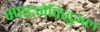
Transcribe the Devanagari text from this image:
स्पाटनेविज़ुअल